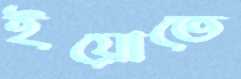
ইয়োতে